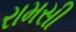
રામસી